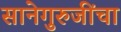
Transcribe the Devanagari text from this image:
सानेगुरुजींचा